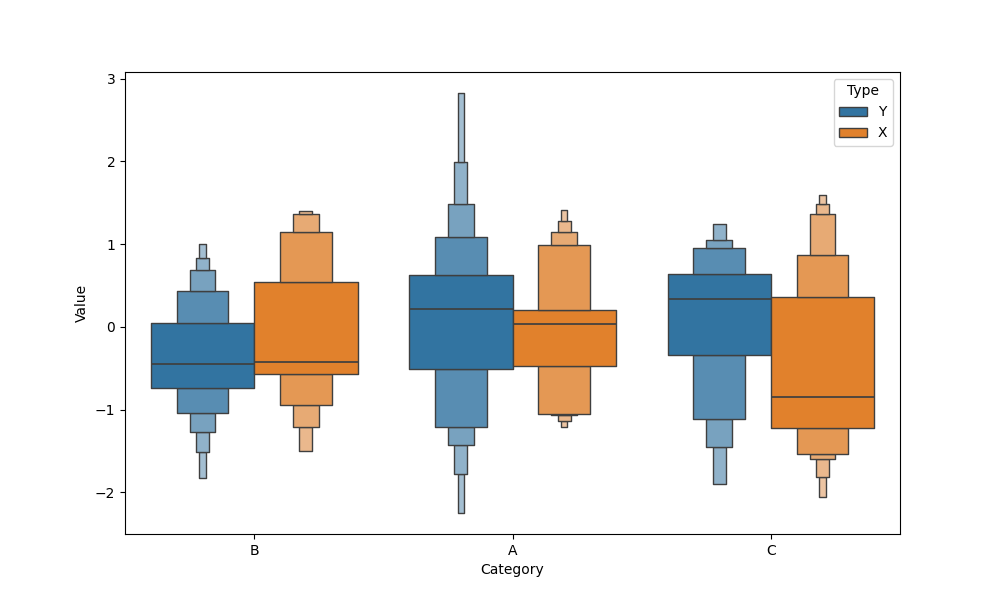
python, seaborn, boxenplot, k_depth='full', linewidth=1, scale='exponential', outlier_prop=0.1, showfliers=False